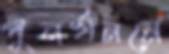
পুনর্খননে